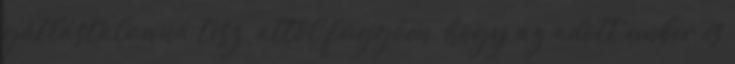
gátlástalanná tesz, attól függően, hogy az adott ember és